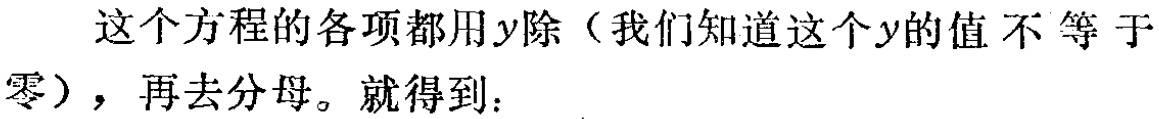
这个方程的各项都用\(y\)除（我们知道这个\(y\)的值不等于零），再去分母。就得到：